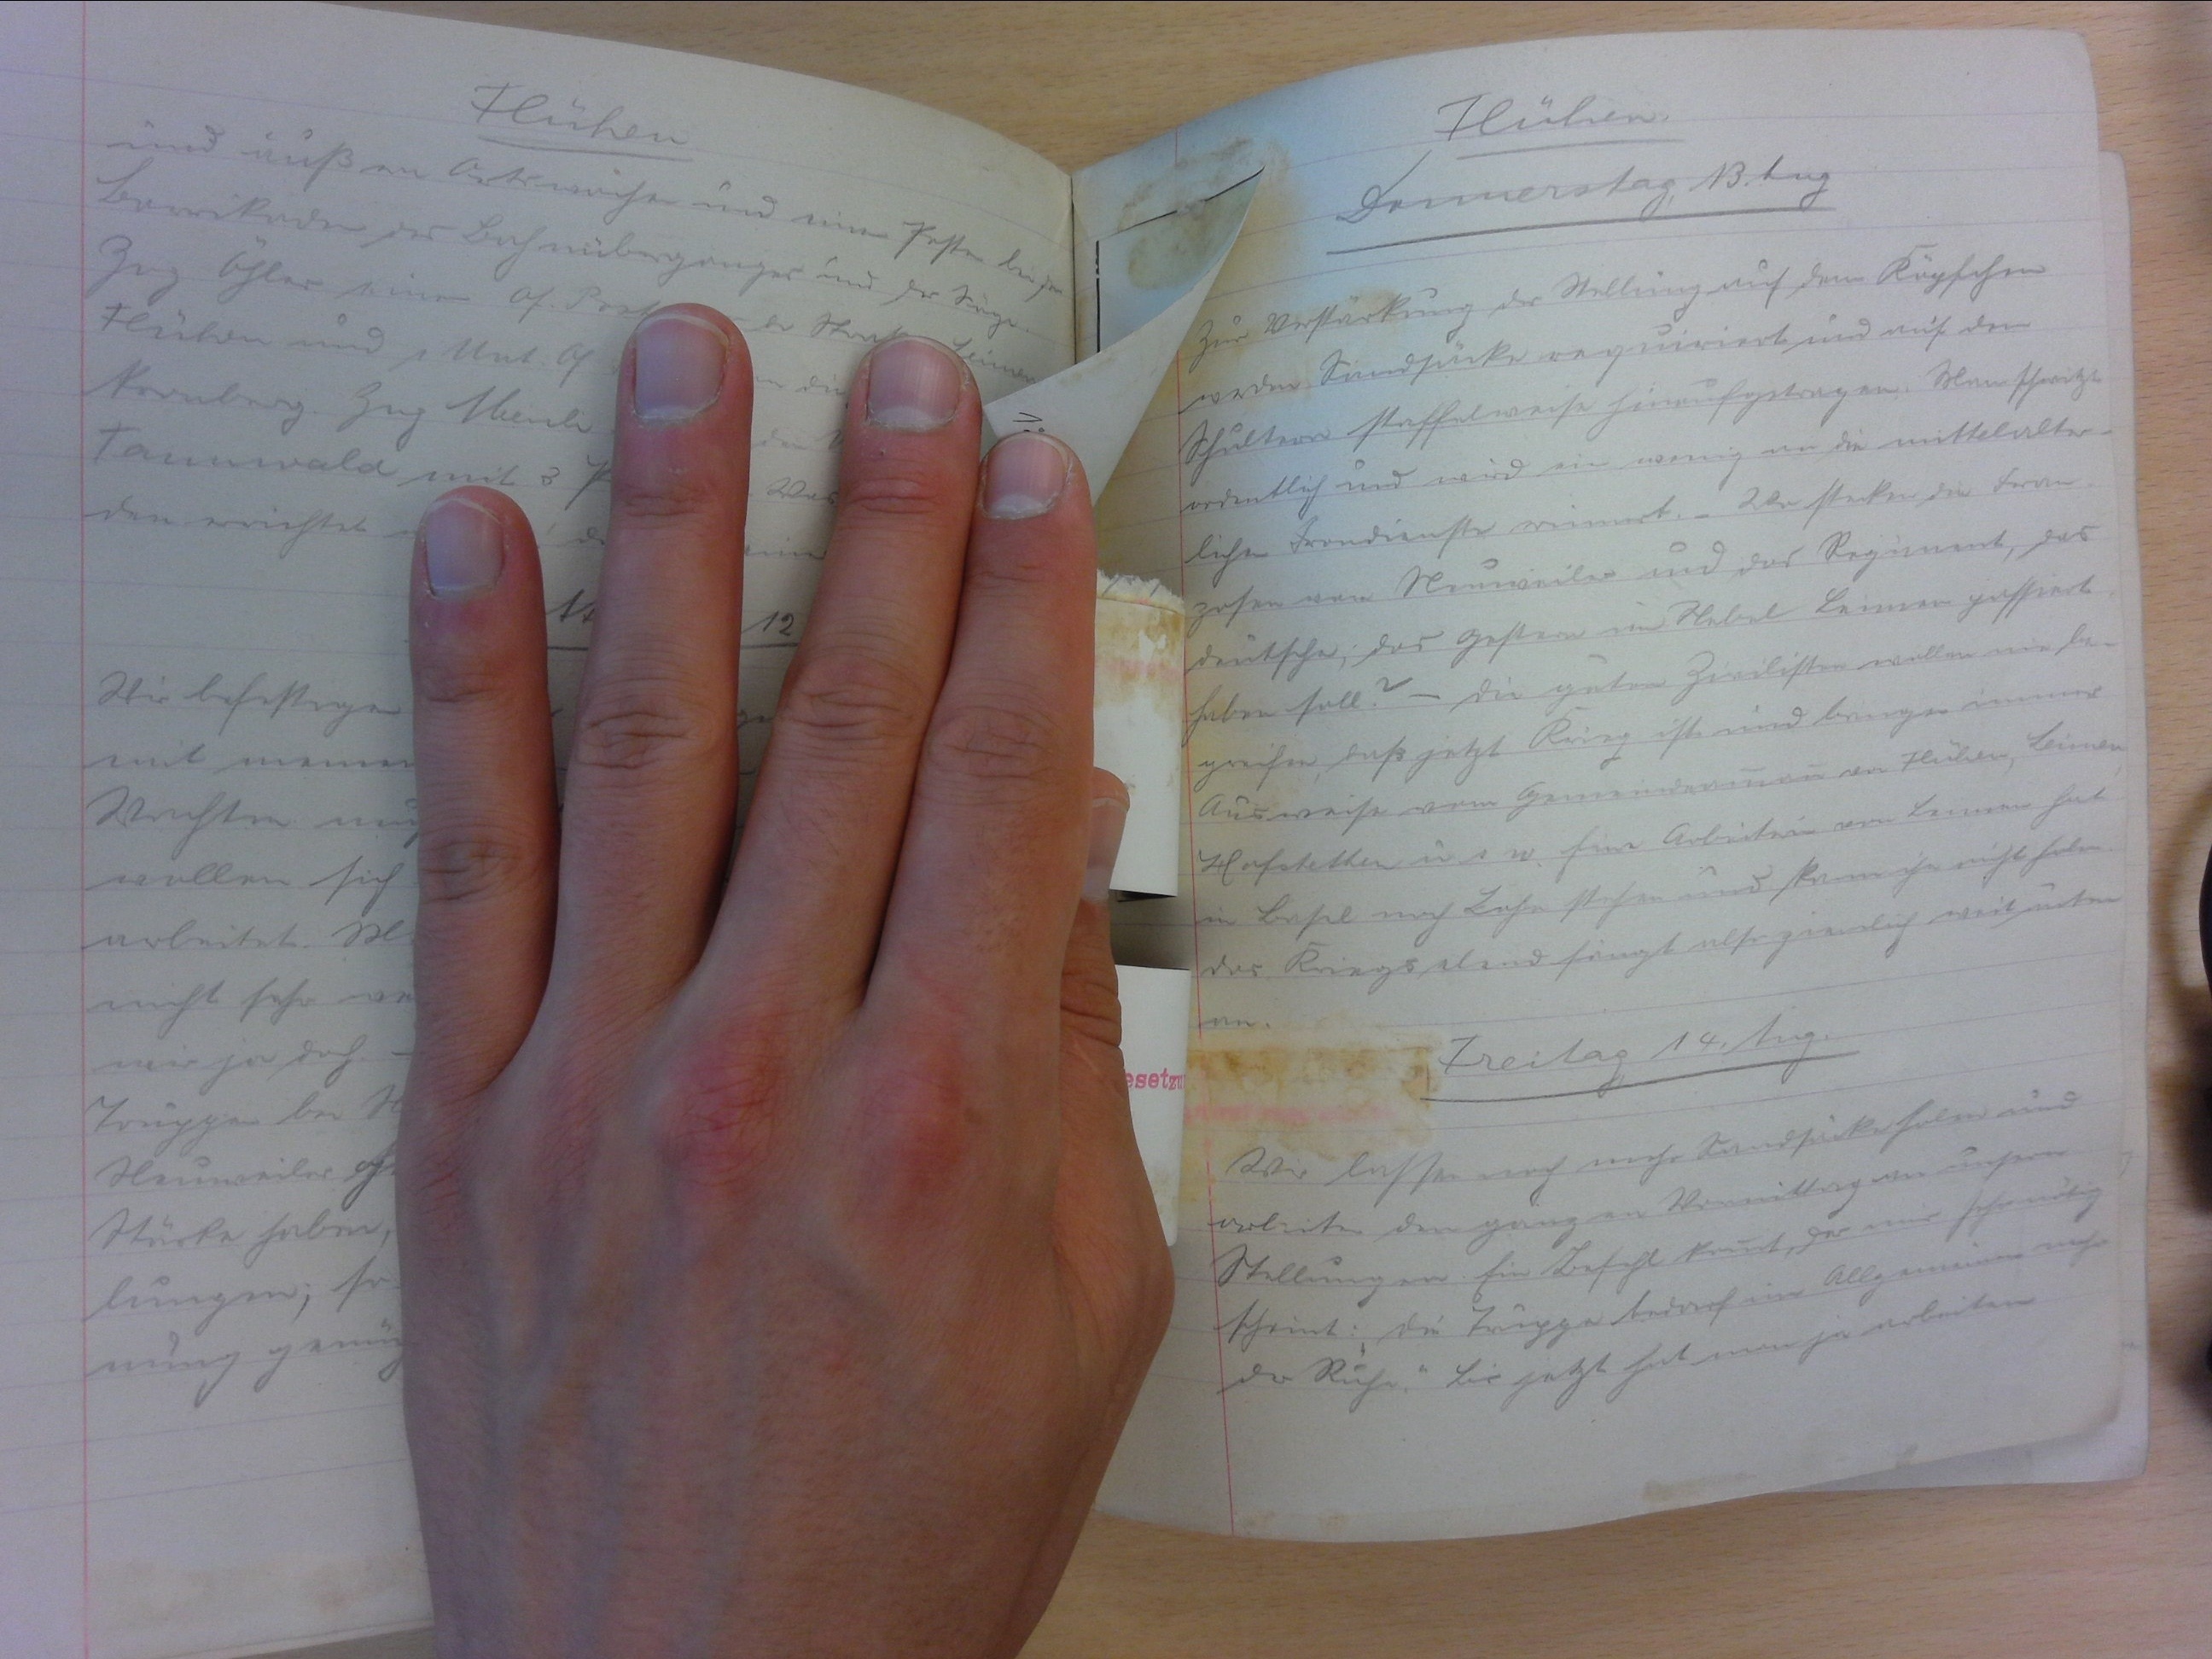
Flühen
Donnerstag, 13. Aug.
Zur Verstärkung der Stellung auf dem Köpfchen
werden Sandsäcke requiriert und auf den
Schultern staffelweise hinaufgetragen. Man schwitzt
ordentlich und wird ein wenig an die mittelalter-
lichen Frondienste erinnert. _ Wo stecken die Fran-
zosen vor Neuenwiler und das Regiment, das
deutsche, das gestern im Nebel Leimen passiert
haben soll? - die guten Zivilisten wollen nie be-
greifen, dass jetzt Krieg ist und bringen immer
Ausweise vom Gemeindenammann von Flühen, Leimen,
Hofstetten u. s. w. Ein Arbeiter von Leimen hat
in Basel noch Lehm stehen und kann ihn nicht holen.
das Kriegselend fängt also ziemlich weit unten
an.
Freitag, 14. Aug.
Wir lassen noch mehr Sandsäcke holen und
arbeiten den ganzen Vormittag an unsern
Stellungen. Ein Befehl kommt, der mir sehr nötig
scheint: "die Truppe bedarf im Allgemeinen noch
der Ruhe." Bis jetzt hat man ja arbeiten